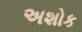
અશોક